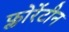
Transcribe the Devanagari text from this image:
फ्लोरेंटीन